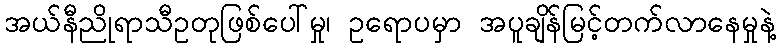
အယ်နီညိုရာသီဥတုဖြစ်ပေါ်မှု၊ ဥရောပမှာ အပူချိန်မြင့်တက်လာနေမှုနဲ့